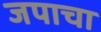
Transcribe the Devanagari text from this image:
जपाचा